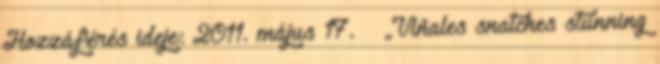
Hozzáférés ideje: 2011. május 17. ↑ „Viñales snatches stunning